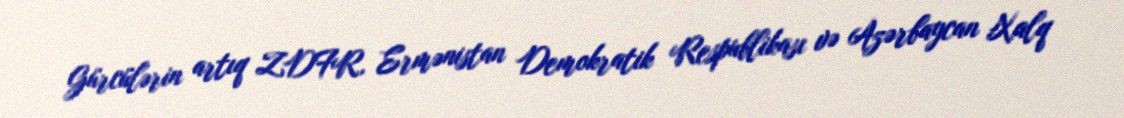
Gürcülərin artıq ZDFR, Ermənistan Demokratik Respublikası və Azərbaycan Xalq